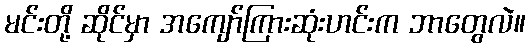
မင်းတို့ ဆိုင်မှာ အကျော်ကြားဆုံးဟင်းက ဘာတွေလဲ။